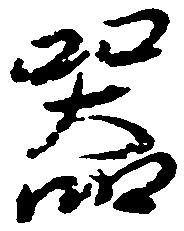
器